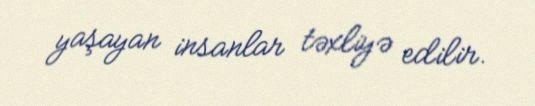
yaşayan insanlar təxliyə edilir.